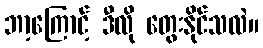
ဘာ့ကြောင့် ဒီလို တွေးနိုင်သလဲ။